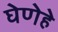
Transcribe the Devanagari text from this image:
घेणेहे